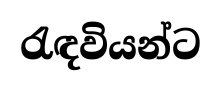
රැඳවියන්ට